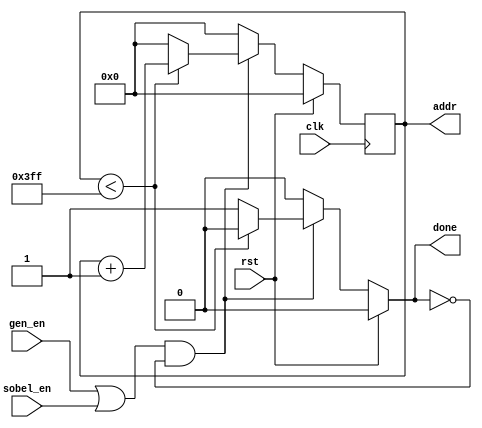
module addressGen(clk, rst, gen_en, sobel_en, addr, done);
						///      when enabled, will generate address values from 0 to 1023, essentially a counter
						///		then will raise done to high
						
/// for a more robust implemenation, the size of address counter could be parameterized to be suitable for the desired image size						
input clk, rst, gen_en,sobel_en;
output reg [9:0] addr;
output reg done;


reg [9:0] c_addr;
//reg [3:0] state, state_c; 
reg lock;


initial addr = 10'b00000_00000;



always @( posedge clk) begin
 addr <= c_addr; //default
end
//The only issue with this module is that the  period for which it asynchronously asserts high is very small and caused some issues with the FSM.
always @(*) begin 
	done = 0;

	if((gen_en == 1'b1 | sobel_en == 1'b1) & lock == 1'b0) begin
			if( addr < 10'b11111_11111) begin 
				done = 1'b0;
				lock = 1'b0;
				c_addr = addr + 10'b00000_00001;
			end
			else begin
				lock = 1'b1;
				done = 1'b1;
				c_addr = 10'b00000_00000;
			end
	end else
	begin
		done = 1'b0;
		lock = 1'b0;
		c_addr = 10'b00000_00000;
	end
	
		if(rst == 1'b1) begin
			c_addr = 10'b00000_00000;
			done = 1'b0;
			lock = 1'b0;
		end
end


endmodule